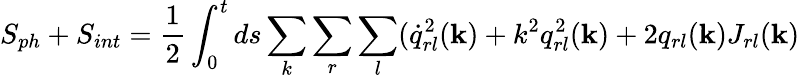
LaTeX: S_{ph}+S_{int}=\frac{1}{2}\int_{0}^{t}ds\sum_{k}\sum_{r}\sum_{l}(\dot{q}_{rl}^{2}({\mathbf k})+k^{2}q_{rl}^{2}({\mathbf k})+2q_{rl}({\mathbf k})J_{rl}({\mathbf k})